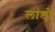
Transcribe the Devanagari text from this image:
लाडों